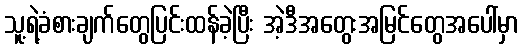
သူ့ရဲ့ခံစားချက်တွေပြင်းထန်ခဲ့ပြီး အဲ့ဒီအတွေးအမြင်တွေအပေါ်မှာ